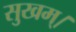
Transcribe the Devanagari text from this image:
सुखम्।